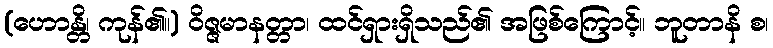
(ဟောန္တိ၊ ကုန်၏။) ဝိဇ္ဇမာနတ္တာ၊ ထင်ရှားရှိသည်၏ အဖြစ်ကြောင့်။ ဘူတာနိ စ၊